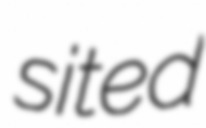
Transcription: sited